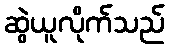
ဆွဲယူလိုက်သည်